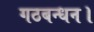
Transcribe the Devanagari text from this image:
गठबन्धन।